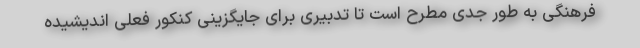
فرهنگی به طور جدی مطرح است تا تدبیری برای جایگزینی کنکور فعلی اندیشیده